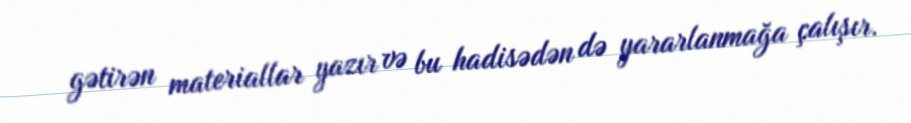
gətirən materiallar yazır və bu hadisədən də yararlanmağa çalışır.